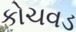
કોચવડ